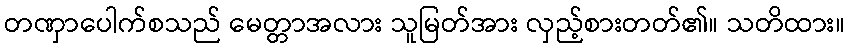
တဏှာပေါက်စသည် မေတ္တာအလား သူမြတ်အား လှည့်စားတတ်၏။ သတိထား။